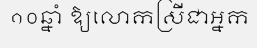
១០ឆ្នាំ ឱ្យលោកស្រីជាអ្នក